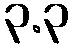
၃.၃